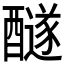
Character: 𨣢